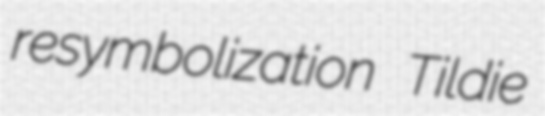
resymbolization Tildie